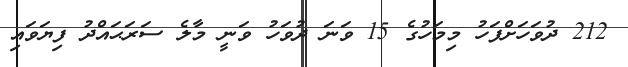
212 ދުވަހަށްފަހު މިމަހުގެ 15 ވަނަ ދުވަހު ވަނީ މާލެ ސަރަޙައްދު ފިޔަވައި